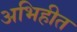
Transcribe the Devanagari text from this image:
अभिहीत